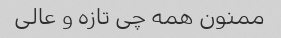
ممنون همه چی تازه و عالی